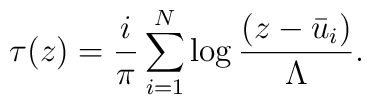
\tau(z)=\frac{i}{\pi}\sum_{i=1}^{N} \log \frac{(z-\bar{u}_i)}{\Lambda}.